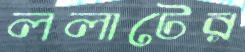
ললাটের